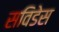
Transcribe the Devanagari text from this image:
सविडेस